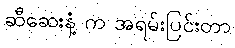
ဆီဆေးနံ့ က အရမ်းပြင်းတာ